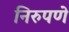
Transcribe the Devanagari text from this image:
निरुपणे